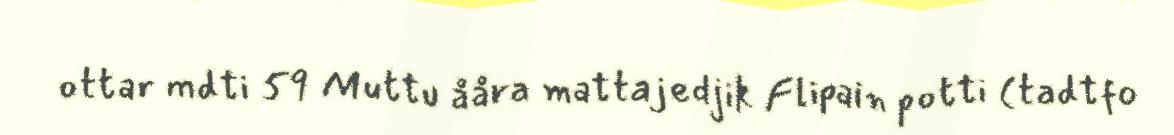
ottar mdti 59 Muttu ååra mattajedjik Flipain potti (tadtfo